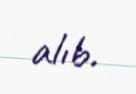
alıb.